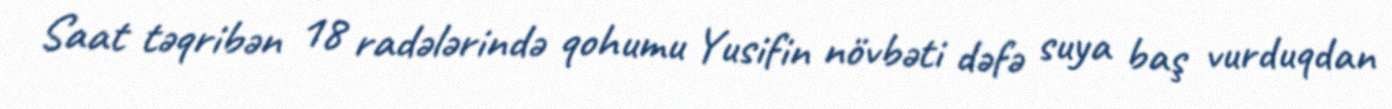
Saat təqribən 18 radələrində qohumu Yusifin növbəti dəfə suya baş vurduqdan